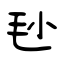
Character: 毜